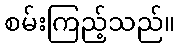
စမ်းကြည့်သည်။